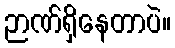
ဉာဏ်ရှိနေတာပဲ။